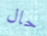
حال